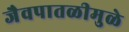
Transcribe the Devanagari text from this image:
जैवपातळीमुळे